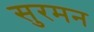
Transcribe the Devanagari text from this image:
सुरमन